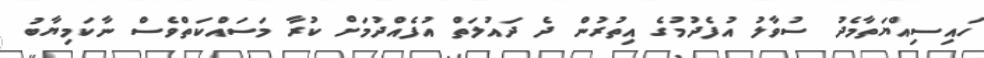
ހައިސިއްޔަތާމެދު ސުވާލު އުފެދުމުގެ އިތުރުން ދެ ދައުލަތް އުފެއްދުމަށް ކުރާ މަސައްކަތްވެސް ނާކަމިޔާބު